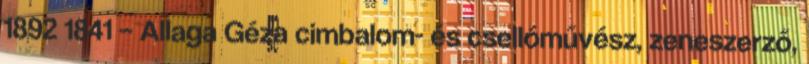
1892 1841 – Allaga Géza cimbalom- és csellóművész, zeneszerző,